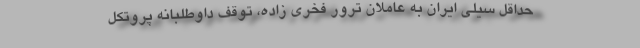
حداقل سیلی ایران به عاملان ترور فخری زاده، توقف داوطلبانه پروتکل